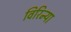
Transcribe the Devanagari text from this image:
विरिन्या